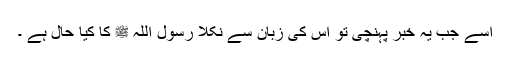
اسے جب یہ خبر پہنچی تو اس کی زبان سے نکلا رسول اللہ ﷺ کا کیا حال ہے ۔